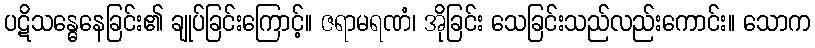
ပဋိသန္ဓေနေခြင်း၏ ချုပ်ခြင်းကြောင့်။ ဇရာမရဏံ၊ အိုခြင်း သေခြင်းသည်လည်းကောင်း။ သောက